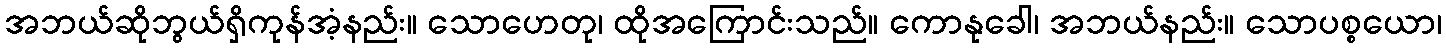
အဘယ်ဆိုဘွယ်ရှိကုန်အံ့နည်း။ သောဟေတု၊ ထိုအကြောင်းသည်။ ကောနုခေါ၊ အဘယ်နည်း။ သောပစ္စယော၊